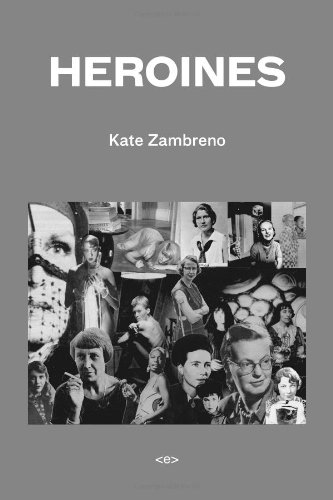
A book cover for Heroines (Semiotext(e) / Active Agents); Kate Zambreno; Politics & Social Sciences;